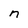
Character: n